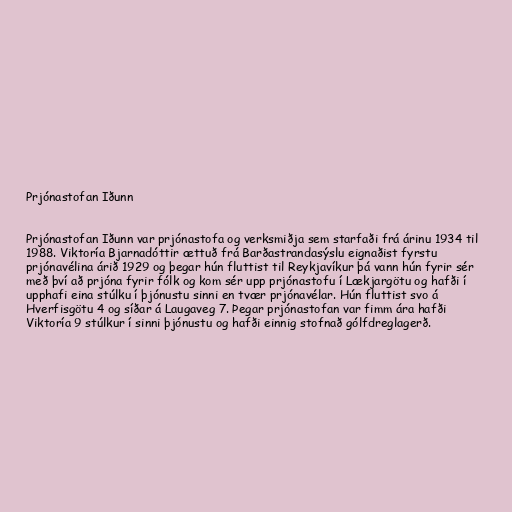
Prjónastofan Iðunn

Prjónastofan Iðunn var prjónastofa og verksmiðja sem starfaði frá árinu 1934 til
1988. Viktoría Bjarnadóttir ættuð frá Barðastrandasýslu eignaðist fyrstu
prjónavélina árið 1929 og þegar hún fluttist til Reykjavíkur þá vann hún fyrir sér
með því að prjóna fyrir fólk og kom sér upp prjónastofu í Lækjargötu og hafði í
upphafi eina stúlku í þjónustu sinni en tvær prjónavélar. Hún fluttist svo á
Hverfisgötu 4 og síðar á Laugaveg 7. Þegar prjónastofan var fimm ára hafði
Viktoría 9 stúlkur í sinni þjónustu og hafði einnig stofnað gólfdreglagerð.